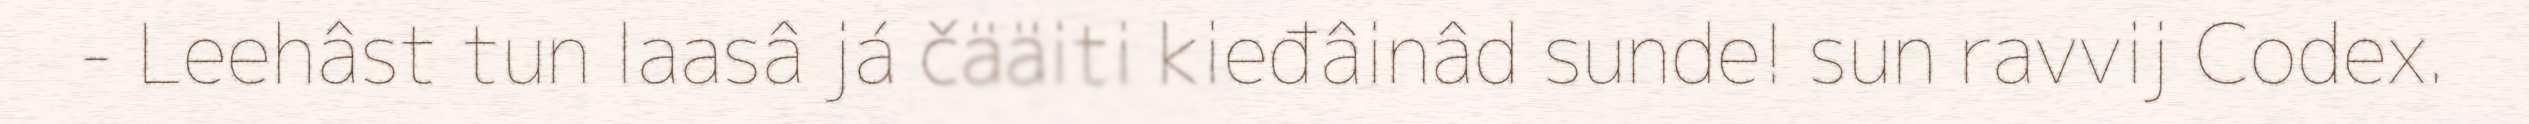
- Leehâst tun laasâ já čääiti kieđâinâd sunde! sun ravvij Codex.